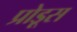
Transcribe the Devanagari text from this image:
प्रोडूस